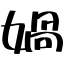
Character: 媧